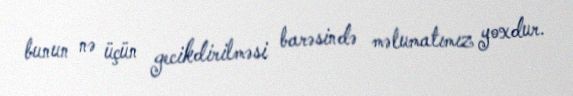
bunun nə üçün gecikdirilməsi barəsində məlumatımız yoxdur.